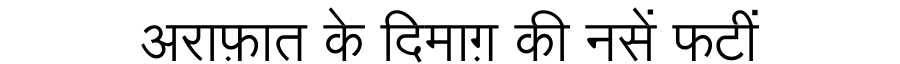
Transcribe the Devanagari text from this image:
अराफ़ात के दिमाग़ की नसें फटीं